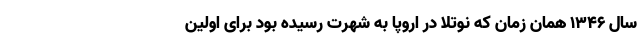
سال ۱۳۴۶ همان زمان که نوتلا در اروپا به شهرت رسیده بود برای اولین